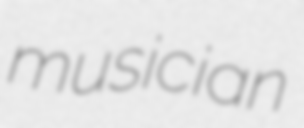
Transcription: musician